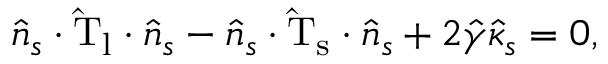
\boldsymbol { \hat { n } _ { s } } \cdot \mathrm { \hat { T } _ { l } } \cdot \boldsymbol { \hat { n } _ { s } } - \boldsymbol { \hat { n } _ { s } } \cdot \mathrm { \hat { T } _ { s } } \cdot \boldsymbol { \hat { n } _ { s } } + 2 \hat { \gamma } \hat { \kappa } _ { s } = 0 ,